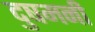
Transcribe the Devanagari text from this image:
दुषमनी